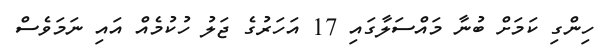
ހިންގި ކަމަށް ބުނާ މައްސަލާގައި 17 އަހަރުގެ ޖަލު ހުކުމެއް އައި ނަމަވެސް